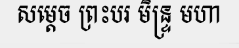
សម្តេច ព្រះបរ មិន្ទ្រ មហា